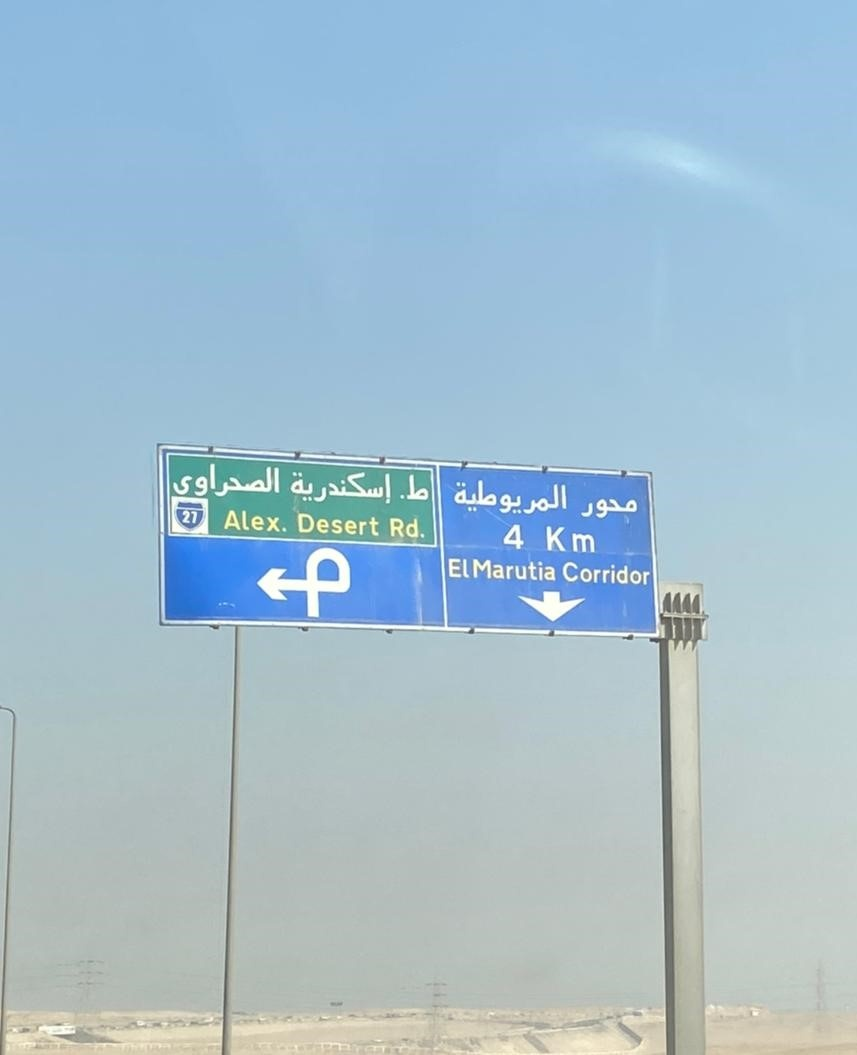
Text in image: الصحراوي إسكندرية ط المريوطية محور 27 Alex. Desert Rd 4 Km ElMarutia Corridor